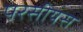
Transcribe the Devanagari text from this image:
परसीयस